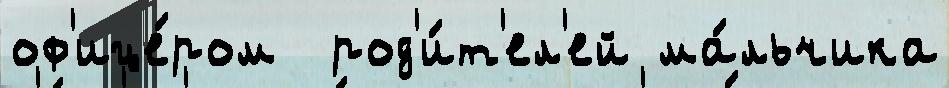
оф'ице́ром  род'и́т'ел'ей ма́льчика